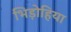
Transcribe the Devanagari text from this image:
भिड़ोहिया